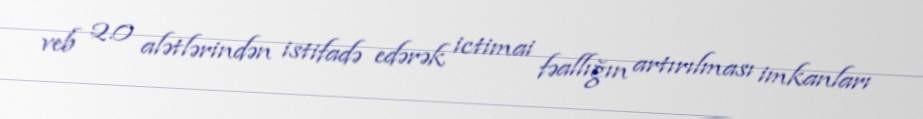
veb 2.0 alətlərindən istifadə edərək ictimai fəallığın artırılması imkanları